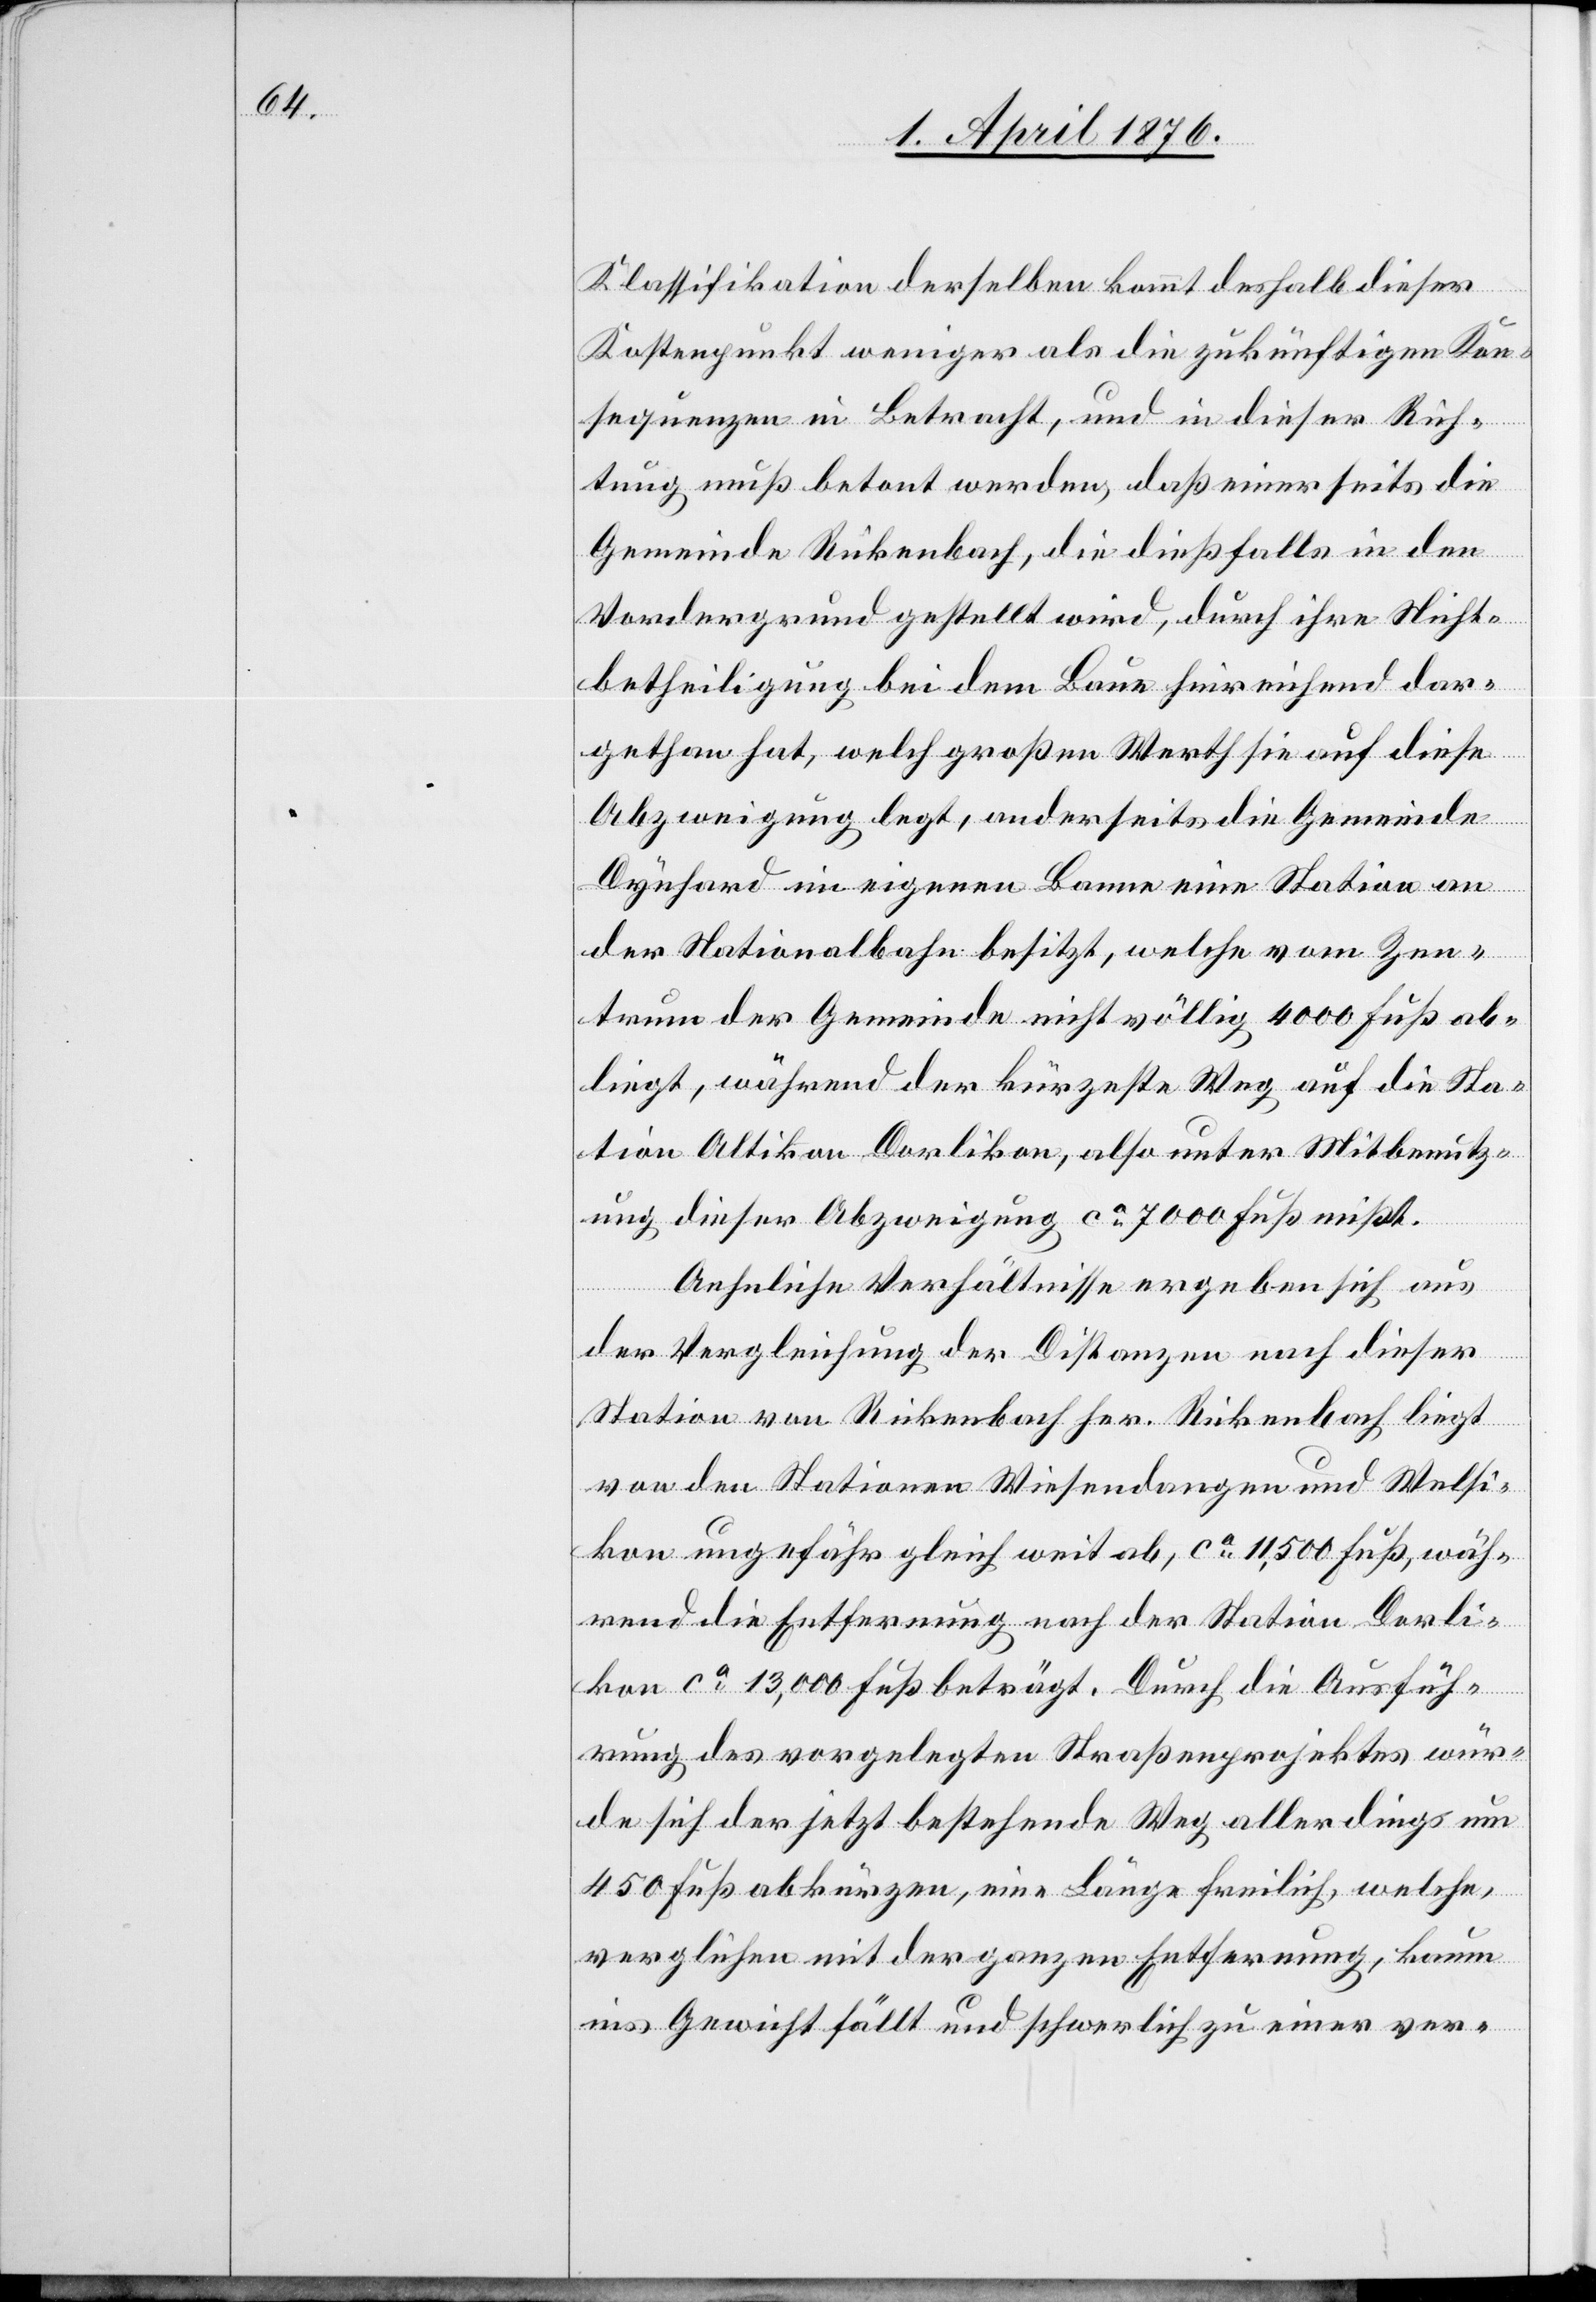
Klassifikation derselben kommt deshalb dieser
Kostenpunkt weniger als die zukünftigen Kon¬
sequenzen in Betracht, und in dieser Rich¬
tung muß betont werden, daß einerseits die
Gemeinde Rickenbach, die dießfalls in den
Vordergrund gestellt wird, durch ihre Nicht¬
betheiligung bei dem Baue hinreichend dar¬
gethan hat, welch großen Werth sie auf diese
Abzweigung legt, anderseits die Gemeinde
Dynhard im eigenen Banne eine Station an
der Nationalbahn besitzt, welche vom Zen¬
trum der Gemeinde nicht völlig 4000 Fuß ab¬
liegt, während der kürzeste Weg auf die Sta¬
tion Altikon-Dorlikon, also unter Mitbenutz¬
ung dieser Abzweigung ca 7000 Fuß mißt.
Aehnliche Verhältnisse ergeben sich aus
der Vergleichung der Distanzen nach dieser
Station von Rickenbach her. Rickenbach liegt
von den Stationen Wiesendangen und Wolfi¬
kon ungefähr gleich weit ab, ca 11,500 Fuß, wäh¬
rend die Entfernung nach der Station Dorli¬
kon ca 13,000 Fuß beträgt. Durch die Ausfüh¬
rung des vorgelegten Straßenprojektes wür¬
de sich der jetzt bestehende Weg allerdings um
450 Fuß abkürzen, eine Länge freilich, welche,
verglichen mit der ganzen Entfernung, kaum
ins Gewicht fällt und schwerlich zu einer ver-